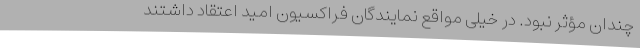
چندان مؤثر نبود. در خیلی مواقع نمایندگان فراکسیون امید اعتقاد داشتند